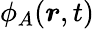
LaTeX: \phi_{A}(\boldsymbol r,t)